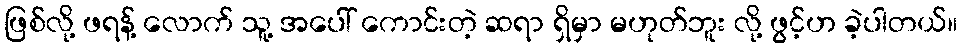
ဖြစ်လို့ ဖရန့် လောက် သူ့ အပေါ် ကောင်းတဲ့ ဆရာ ရှိမှာ မဟုတ်ဘူး လို့ ဖွင့်ဟ ခဲ့ပါတယ်။